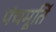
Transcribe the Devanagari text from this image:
पंचमूर्ति